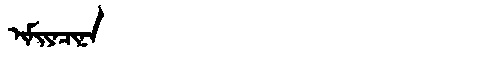
Manchu: ᡳᠮᡳᠶᠠᠴᡳᠨᠠ
Romanization: IMIYACINA